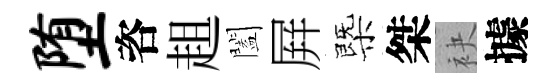
堕咨趄闔屛㮣桀袂據